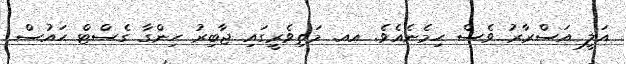
އަލީ އަސްރާރު ވެސް ހިމެނެއެވެ. އއ. މަތިވެރީގައި ޖާބިރު ހިންގާ ގެސްޓް ހައުސް